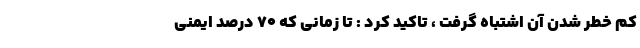
کم خطر شدن آن اشتباه گرفت ، تاکید کرد : تا زمانی که ۷۰ درصد ایمنی